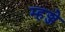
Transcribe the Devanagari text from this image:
म्हञ्जे